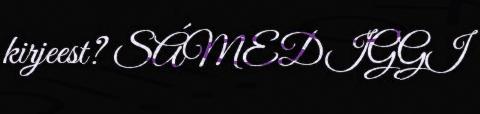
kirjeest? SÁMEDIGGI